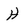
Character: H